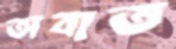
অবাত